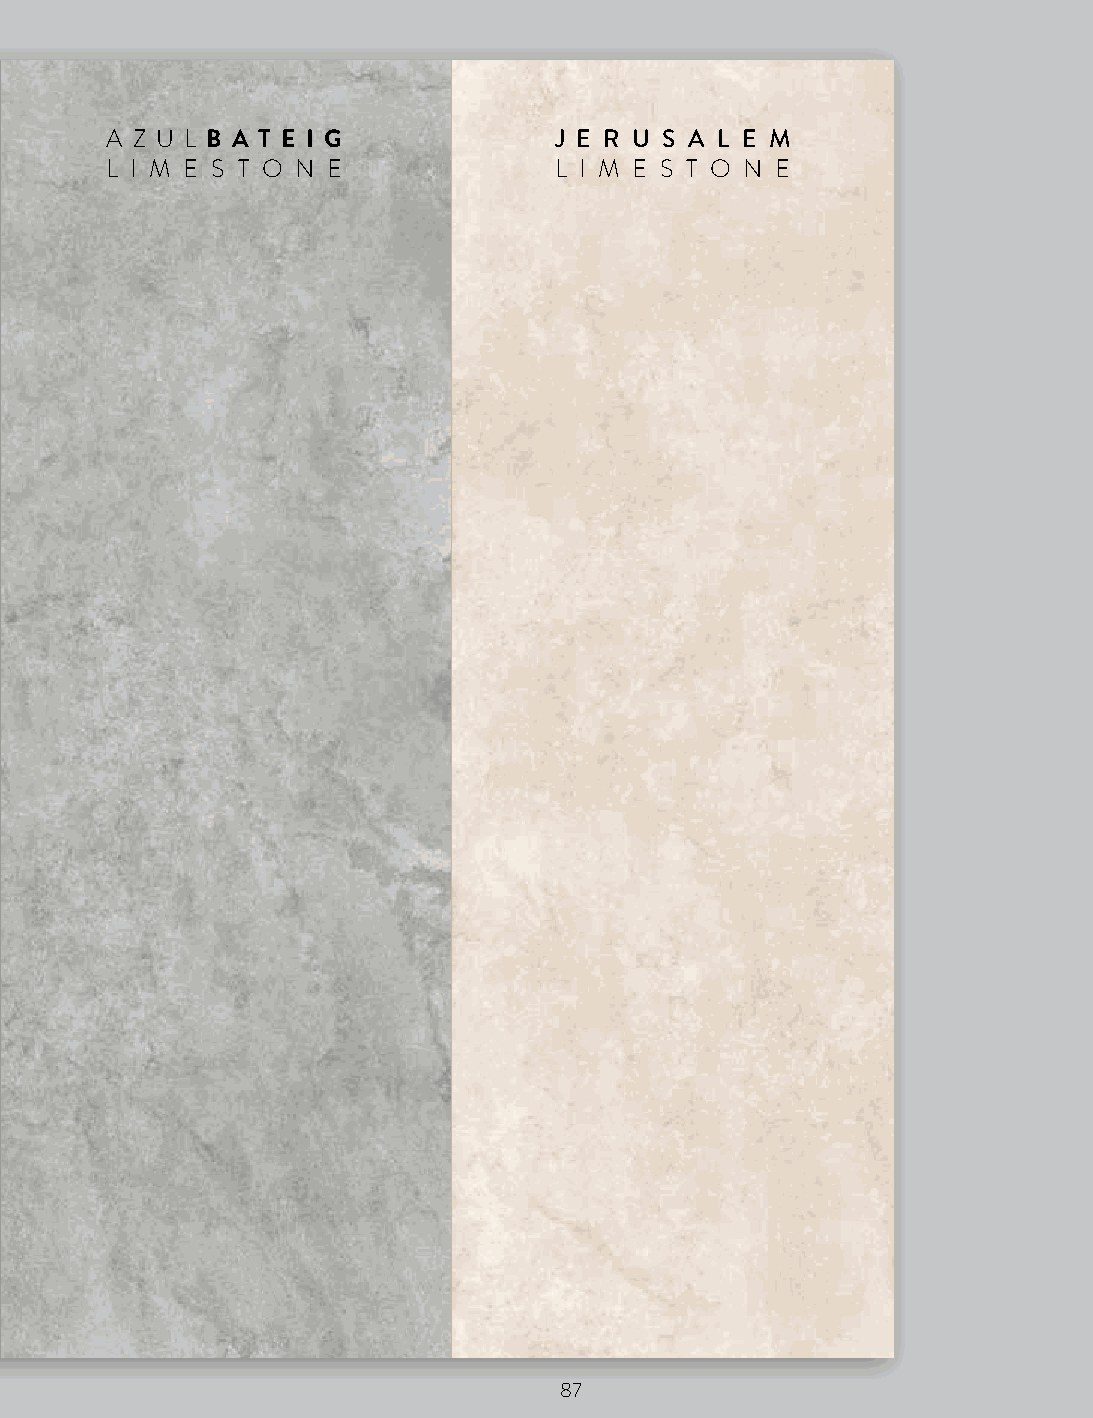
A Z U LB A T E I G            J E R U S A L E M
 L I M E S T O N E             L I M E S T O N E
 87